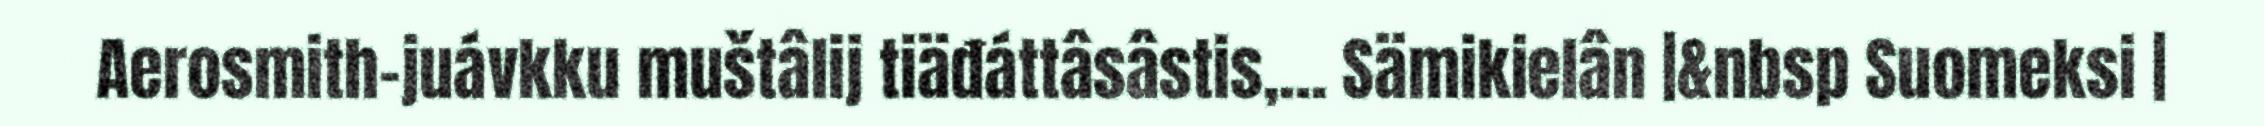
Aerosmith-juávkku muštâlij tiäđáttâsâstis,... Sämikielân |&nbsp Suomeksi |